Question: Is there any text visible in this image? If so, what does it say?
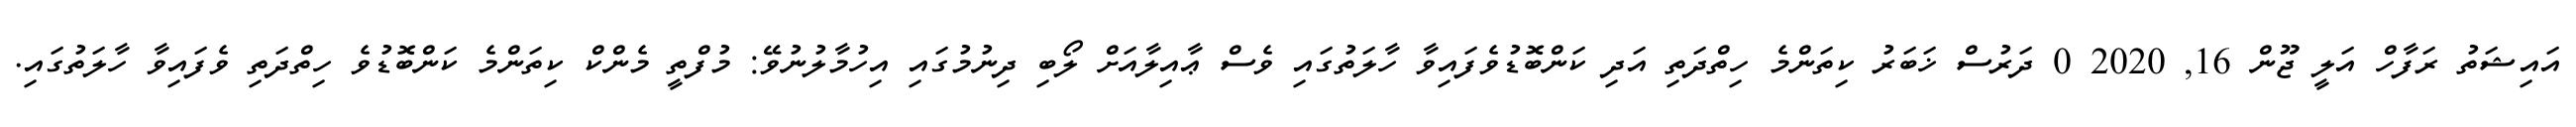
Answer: އައިޝަތު ރަފާހް އަލީ ޖޫން 16, 2020 0 ދަރުސް ޚަބަރު ކިތަންމެ ހިތްދަތި އަދި ކަންބޮޑުވެފައިވާ ހާލަތުގައި ވެސް ޢާއިލާއަށް ލޯބި ދިނުމުގައި އިހުމާލުނުވޭ: މުފްތީ މެންކް ކިތަންމެ ކަންބޮޑުވެ ހިތްދަތި ވެފައިވާ ހާލަތުގައި.